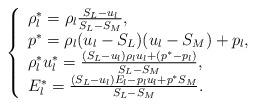
LaTeX: \begin{align*}\left\{\begin{array}{l} \rho^{*}_l=\rho_l\frac{S_L-u_l}{S_L-S_M},\\ p^{*}=\rho_l(u_l-S_L)(u_l-S_M)+p_l,\\ \rho^{*}_lu^{*}_l=\frac{(S_L-u_l)\rho_lu_l+(p^{*}-p_l)} {S_L-S_M},\\E^{*}_l=\frac{(S_L-u_l)E_l-p_lu_l+p^{*}S_M} {S_L-S_M}.\end{array}\right.\end{align*}